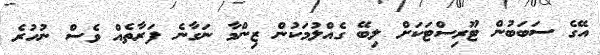
އޭގެ ސަބަބުން ޓޫރިސްޓަކަށް ލިބޭ ގެއްލުމަކުން ޒިންމާ ނަގާނެ ފަރާތެއް ވެސް ނުހުރެ